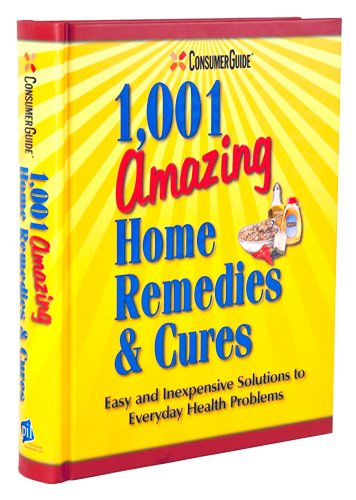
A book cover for Consumer Guide's 1,001 Amazing Home Remedies & Cures; Editors of Consumer Guide; Health, Fitness & Dieting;